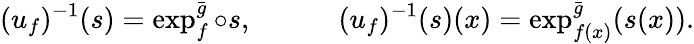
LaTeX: (u_{f})^{-1}(s)=\exp_{f}^{\bar{g}}\circ s,\qquad\quad(u_{f})^{-1}(s)(x)=\exp_{f(x)}^{\bar{g}}(s(x)).